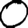
Digit: 0